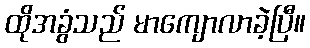
ထိုအခွံသည် မာကျောလာခဲ့ပြီ။